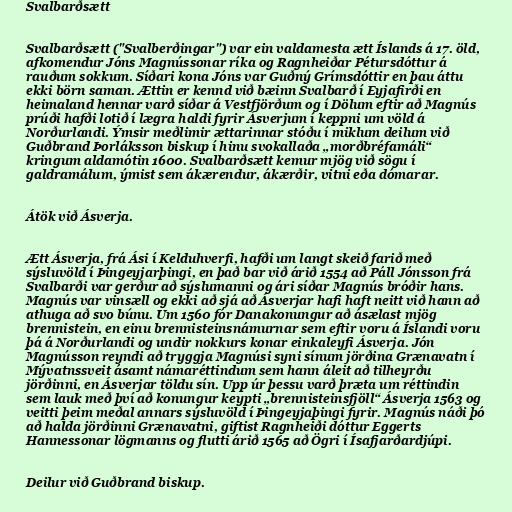
Svalbarðsætt

Svalbarðsætt ("Svalberðingar") var ein valdamesta ætt Íslands á 17. öld,
afkomendur Jóns Magnússonar ríka og Ragnheiðar Pétursdóttur á
rauðum sokkum. Síðari kona Jóns var Guðný Grímsdóttir en þau áttu
ekki börn saman. Ættin er kennd við bæinn Svalbarð í Eyjafirði en
heimaland hennar varð síðar á Vestfjörðum og í Dölum eftir að Magnús
prúði hafði lotið í lægra haldi fyrir Ásverjum í keppni um völd á
Norðurlandi. Ýmsir meðlimir ættarinnar stóðu í miklum deilum við
Guðbrand Þorláksson biskup í hinu svokallaða „morðbréfamáli“
kringum aldamótin 1600. Svalbarðsætt kemur mjög við sögu í
galdramálum, ýmist sem ákærendur, ákærðir, vitni eða dómarar.

Átök við Ásverja.

Ætt Ásverja, frá Ási í Kelduhverfi, hafði um langt skeið farið með
sýsluvöld í Þingeyjarþingi, en það bar við árið 1554 að Páll Jónsson frá
Svalbarði var gerður að sýslumanni og ári síðar Magnús bróðir hans.
Magnús var vinsæll og ekki að sjá að Ásverjar hafi haft neitt við hann að
athuga að svo búnu. Um 1560 fór Danakonungur að ásælast mjög
brennistein, en einu brennisteinsnámurnar sem eftir voru á Íslandi voru
þá á Norðurlandi og undir nokkurs konar einkaleyfi Ásverja. Jón
Magnússon reyndi að tryggja Magnúsi syni sínum jörðina Grænavatn í
Mývatnssveit ásamt námaréttindum sem hann áleit að tilheyrðu
jörðinni, en Ásverjar töldu sín. Upp úr þessu varð þræta um réttindin
sem lauk með því að konungur keypti „brennisteinsfjöll“ Ásverja 1563 og
veitti þeim meðal annars sýsluvöld í Þingeyjaþingi fyrir. Magnús náði þó
að halda jörðinni Grænavatni, giftist Ragnheiði dóttur Eggerts
Hannessonar lögmanns og flutti árið 1565 að Ögri í Ísafjarðardjúpi.

Deilur við Guðbrand biskup.